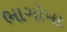
ભાગોમા